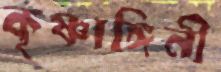
কৃষ্ণাঙ্গিনী